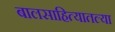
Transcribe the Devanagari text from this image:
बालसाहित्यातल्या